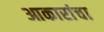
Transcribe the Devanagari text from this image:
आकारांचा